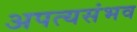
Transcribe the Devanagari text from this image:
अपत्यसंभव